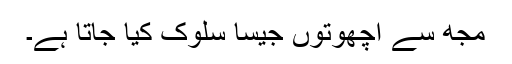
مجھ سے اچھوتوں جیسا سلوک کیا جاتا ہے۔